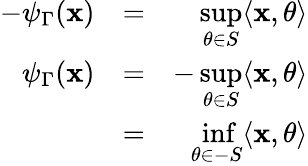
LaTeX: \begin{array}{rlr}{-\psi_{\Gamma}(\mathbf{x})}&{=}&{\displaystyle\operatorname*{sup}_{\theta\in S}\langle\mathbf{x},\theta\rangle}\\ {\psi_{\Gamma}(\mathbf{x})}&{=}&{\displaystyle-\operatorname*{sup}_{\theta\in S}\langle\mathbf{x},\theta\rangle}\\ &{=}&{\displaystyle\operatorname*{inf}_{\theta\in-S}\langle\mathbf{x},\theta\rangle}\end{array}